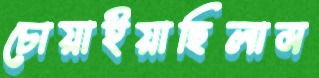
চোয়াইয়াছিলাম